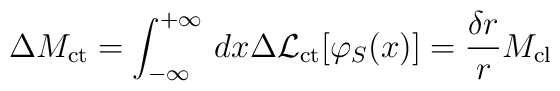
\Delta M_{\rm ct}=\int^{+\infty}_{-\infty}\, dx \Delta {\cal L}_{\rm ct}[\varphi_{S}(x)] = \frac{\delta r}{r}M_{\rm cl}